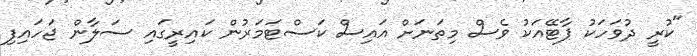
"ކުރީ ދުވަހަކު ޕާޓޭއަކު ވެސް މިތަނަށް އައިސް ކަސްޓަމަރުން ކައިރީގައި ސަލާން ޖަހައިފި